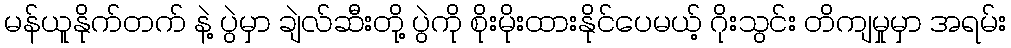
မန်ယူနိုက်တက် နဲ့ ပွဲမှာ ချဲလ်ဆီးတို့ ပွဲကို စိုးမိုးထားနိုင်ပေမယ့် ဂိုးသွင်း တိကျမှုမှာ အရမ်း